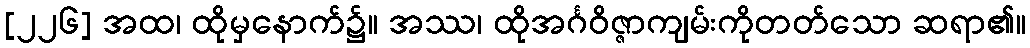
[၂၂၆] အထ၊ ထိုမှနောက်၌။ အဿ၊ ထိုအင်္ဂဝိဇ္ဇာကျမ်းကိုတတ်သော ဆရာ၏။